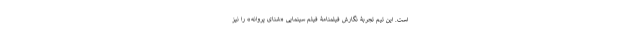
است. این تیم تجربۀ نگارش فیلمنامۀ فیلم سینمایی «شنای پروانه» را نیز